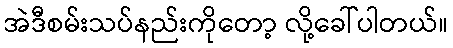
အဲဒီစမ်းသပ်နည်းကိုတော့ လို့ခေါ်ပါတယ်။